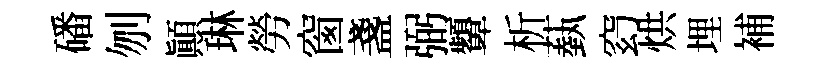
磻刎顚琳勞窗盞弼顰析蓺𥥆烘埋補